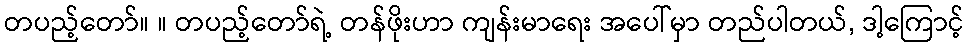
တပည့်တော်။ ။ တပည့်တော်ရဲ့ တန်ဖိုးဟာ ကျန်းမာရေး အပေါ်မှာ တည်ပါတယ်, ဒါ့ကြောင့်